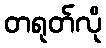
တရုတ်လို